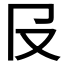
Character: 𠬝